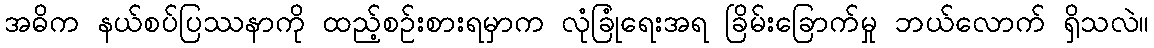
အဓိက နယ်စပ်ပြဿနာကို ထည့်စဉ်းစားရမှာက လုံခြုံရေးအရ ခြိမ်းခြောက်မှု ဘယ်လောက် ရှိသလဲ။